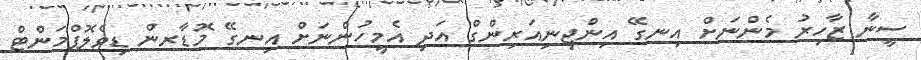
ސީނާ ޒާހިރު މެންނަށް އިނގޭ އިންޖިނިއަރިންގް އަދި އެމީހުންނަށް އިނގޭ މޮޑާރން ޑިވެލޮޕްމަންޓް